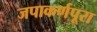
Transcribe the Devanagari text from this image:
जपाकर्णपूरा